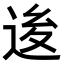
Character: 𨒥